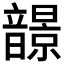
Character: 𩐿